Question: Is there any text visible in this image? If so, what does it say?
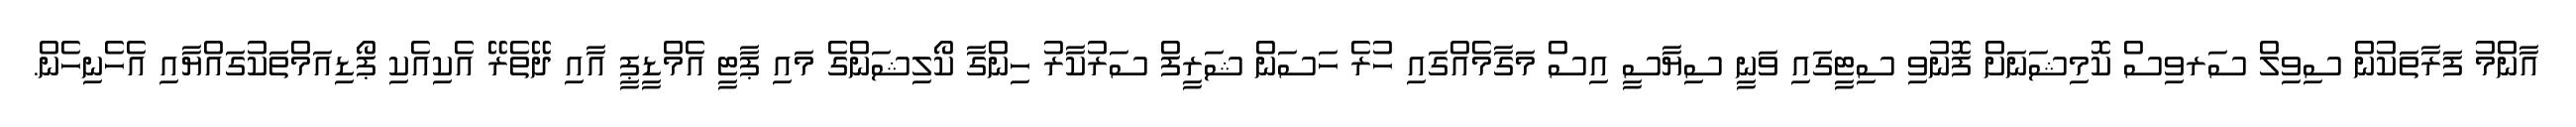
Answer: އާންމު ފަރާތަކުން ސިވިލް ސަރވިސް ކޮމިޝަނަށް ފޮނުވި ސިޓީގައި ވަނީ ސިޔާސީ އިސް މަގާމެއްގައި ހުރެ ހަސަން ޝަރީފް ސަރުކާރު ހިންގާ ކޯލިޝަންގެ މައި ޕާޓީ އެމްޑީޕީ އާއި ދޭތެރޭ އެކިއެކި ޕޯޑިއަމްތަކުގައްޔާއި އެހެނިހެން.